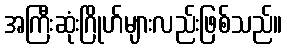
အကြီးဆုံးဂြိုဟ်များလည်းဖြစ်သည်။